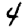
Digit: 4